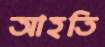
আহতি